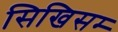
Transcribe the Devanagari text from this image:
सिखिसम्‍